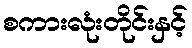
စကားလုံးတိုင်းနှင့်